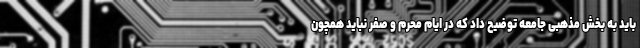
باید به بخش مذهبی جامعه توضیح داد که در ایام محرم و صفر نباید همچون